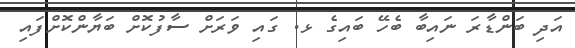
އަދި ބަންޑާރަ ނައިބާ ބެހޭ ބައިގެ ޅ. ގައި ވަރަށް ސާފުކޮށް ބަޔާންކޮށްފައި